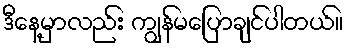
ဒီနေ့မှာလည်း ကျွန်မပြောချင်ပါတယ်။